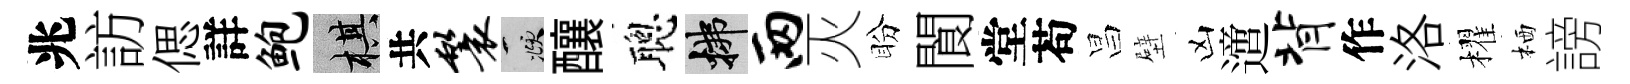
兆訪偲詳鲍棋共鬟頫釀聰拂两灭盼閬堂苟昌壁凶𨗁背作洛櫂栖謗